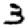
Digit: 3